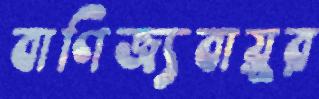
বাণিজ্যবায়ুর